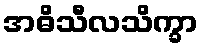
အဓိသီလသိက္ခာ